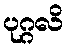
ပုဂ္ဂလိ